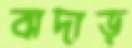
বাদাড়